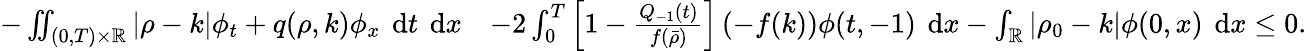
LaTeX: \begin{array}{rl}{-\iint_{(0,T)\times\mathbb{R}}\left|\rho-k\right|\phi_{t}+q(\rho,k)\phi_{x}\textrm{\, d}t\textrm{\, d}x}&{-2\int_{0}^{T}\left[1-\frac{Q_{-1}(t)}{f(\bar{\rho})}\right]\left(-f(k)\right)\phi(t,-1)\textrm{\, d}x-\int_{\mathbb{R}}|\rho_{0}-k|\phi(0,x)\textrm{\, d}x\leq 0.}\end{array}